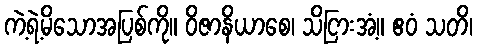
ကဲ့ရဲ့မိသောအပြစ်ကို။ ဝိဇာနိယာစေ၊ သိငြားအံ့။ ဧဝံ သတိ၊